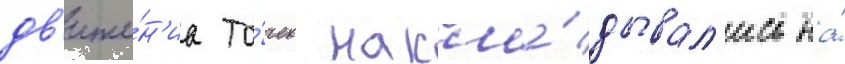
дв'иже́н'иа то́чек накла́дывал'ись на́